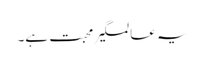
یہ عالمگیر محبت ہے۔